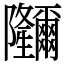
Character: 鿧